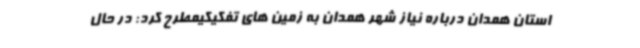
استان همدان درباره نیاز شهر همدان به زمین های تفکیکیمطرح کرد: در حال